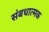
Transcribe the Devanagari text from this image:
संबधात्मक